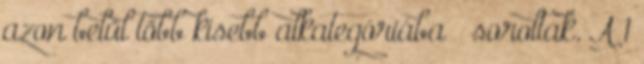
azon belül több kisebb alkategóriába – soroltak. A 1